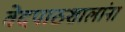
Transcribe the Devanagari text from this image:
वेदपाठशालांना